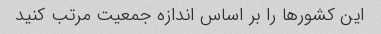
این کشورها را بر اساس اندازه جمعیت مرتب کنید